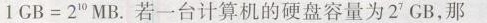
$ $ 1 G B = 2 ^ { 2 } M B $ $.若一台计算机的硬盘容量为2^{7}GB，那